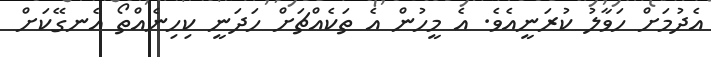
އެދުމަށް ހަވާލު ކުރަނީއެވެ. އެ މީހުން އެ ތަކެއްޗަށް ހަދަނީ ކިހިނެއްތޯ އެނގޭކަށް